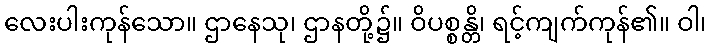
လေးပါးကုန်သော။ ဌာနေသု၊ ဌာနတို့၌။ ဝိပစ္စန္တိ၊ ရင့်ကျက်ကုန်၏။ ဝါ၊